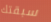
سبقتك